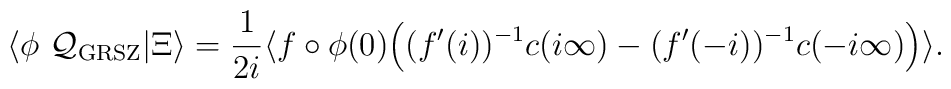
\langle \phi\ {\cal Q_{\mathrm{GRSZ}}} | \Xi \rangle = {1\over 2i} \langle f \circ \phi(0) \Bigl((f'(i))^{-1} c(i \infty) - (f'(-i))^{-1} c(-i \infty) \Bigr) \rangle.